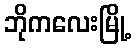
ဘိုကလေးမြို့